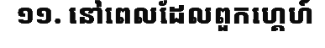
១១. នៅពេលដែលពួកហ្គេហ៍